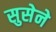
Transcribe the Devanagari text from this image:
सुसेने